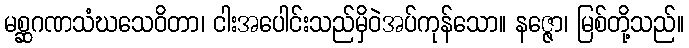
မစ္ဆဂဏသံဃသေဝိတာ၊ ငါးအပေါင်းသည်မှိဝဲအပ်ကုန်သော။ နဇ္ဇော၊ မြစ်တို့သည်။